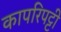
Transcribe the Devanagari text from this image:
कापरिपट्टी